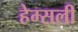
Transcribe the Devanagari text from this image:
हेम्सली